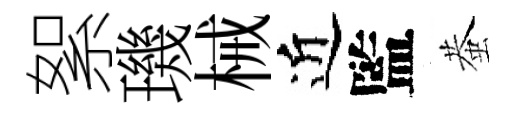
絮璣械近監蛬